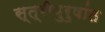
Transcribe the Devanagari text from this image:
स्त्रीपुरुषांत